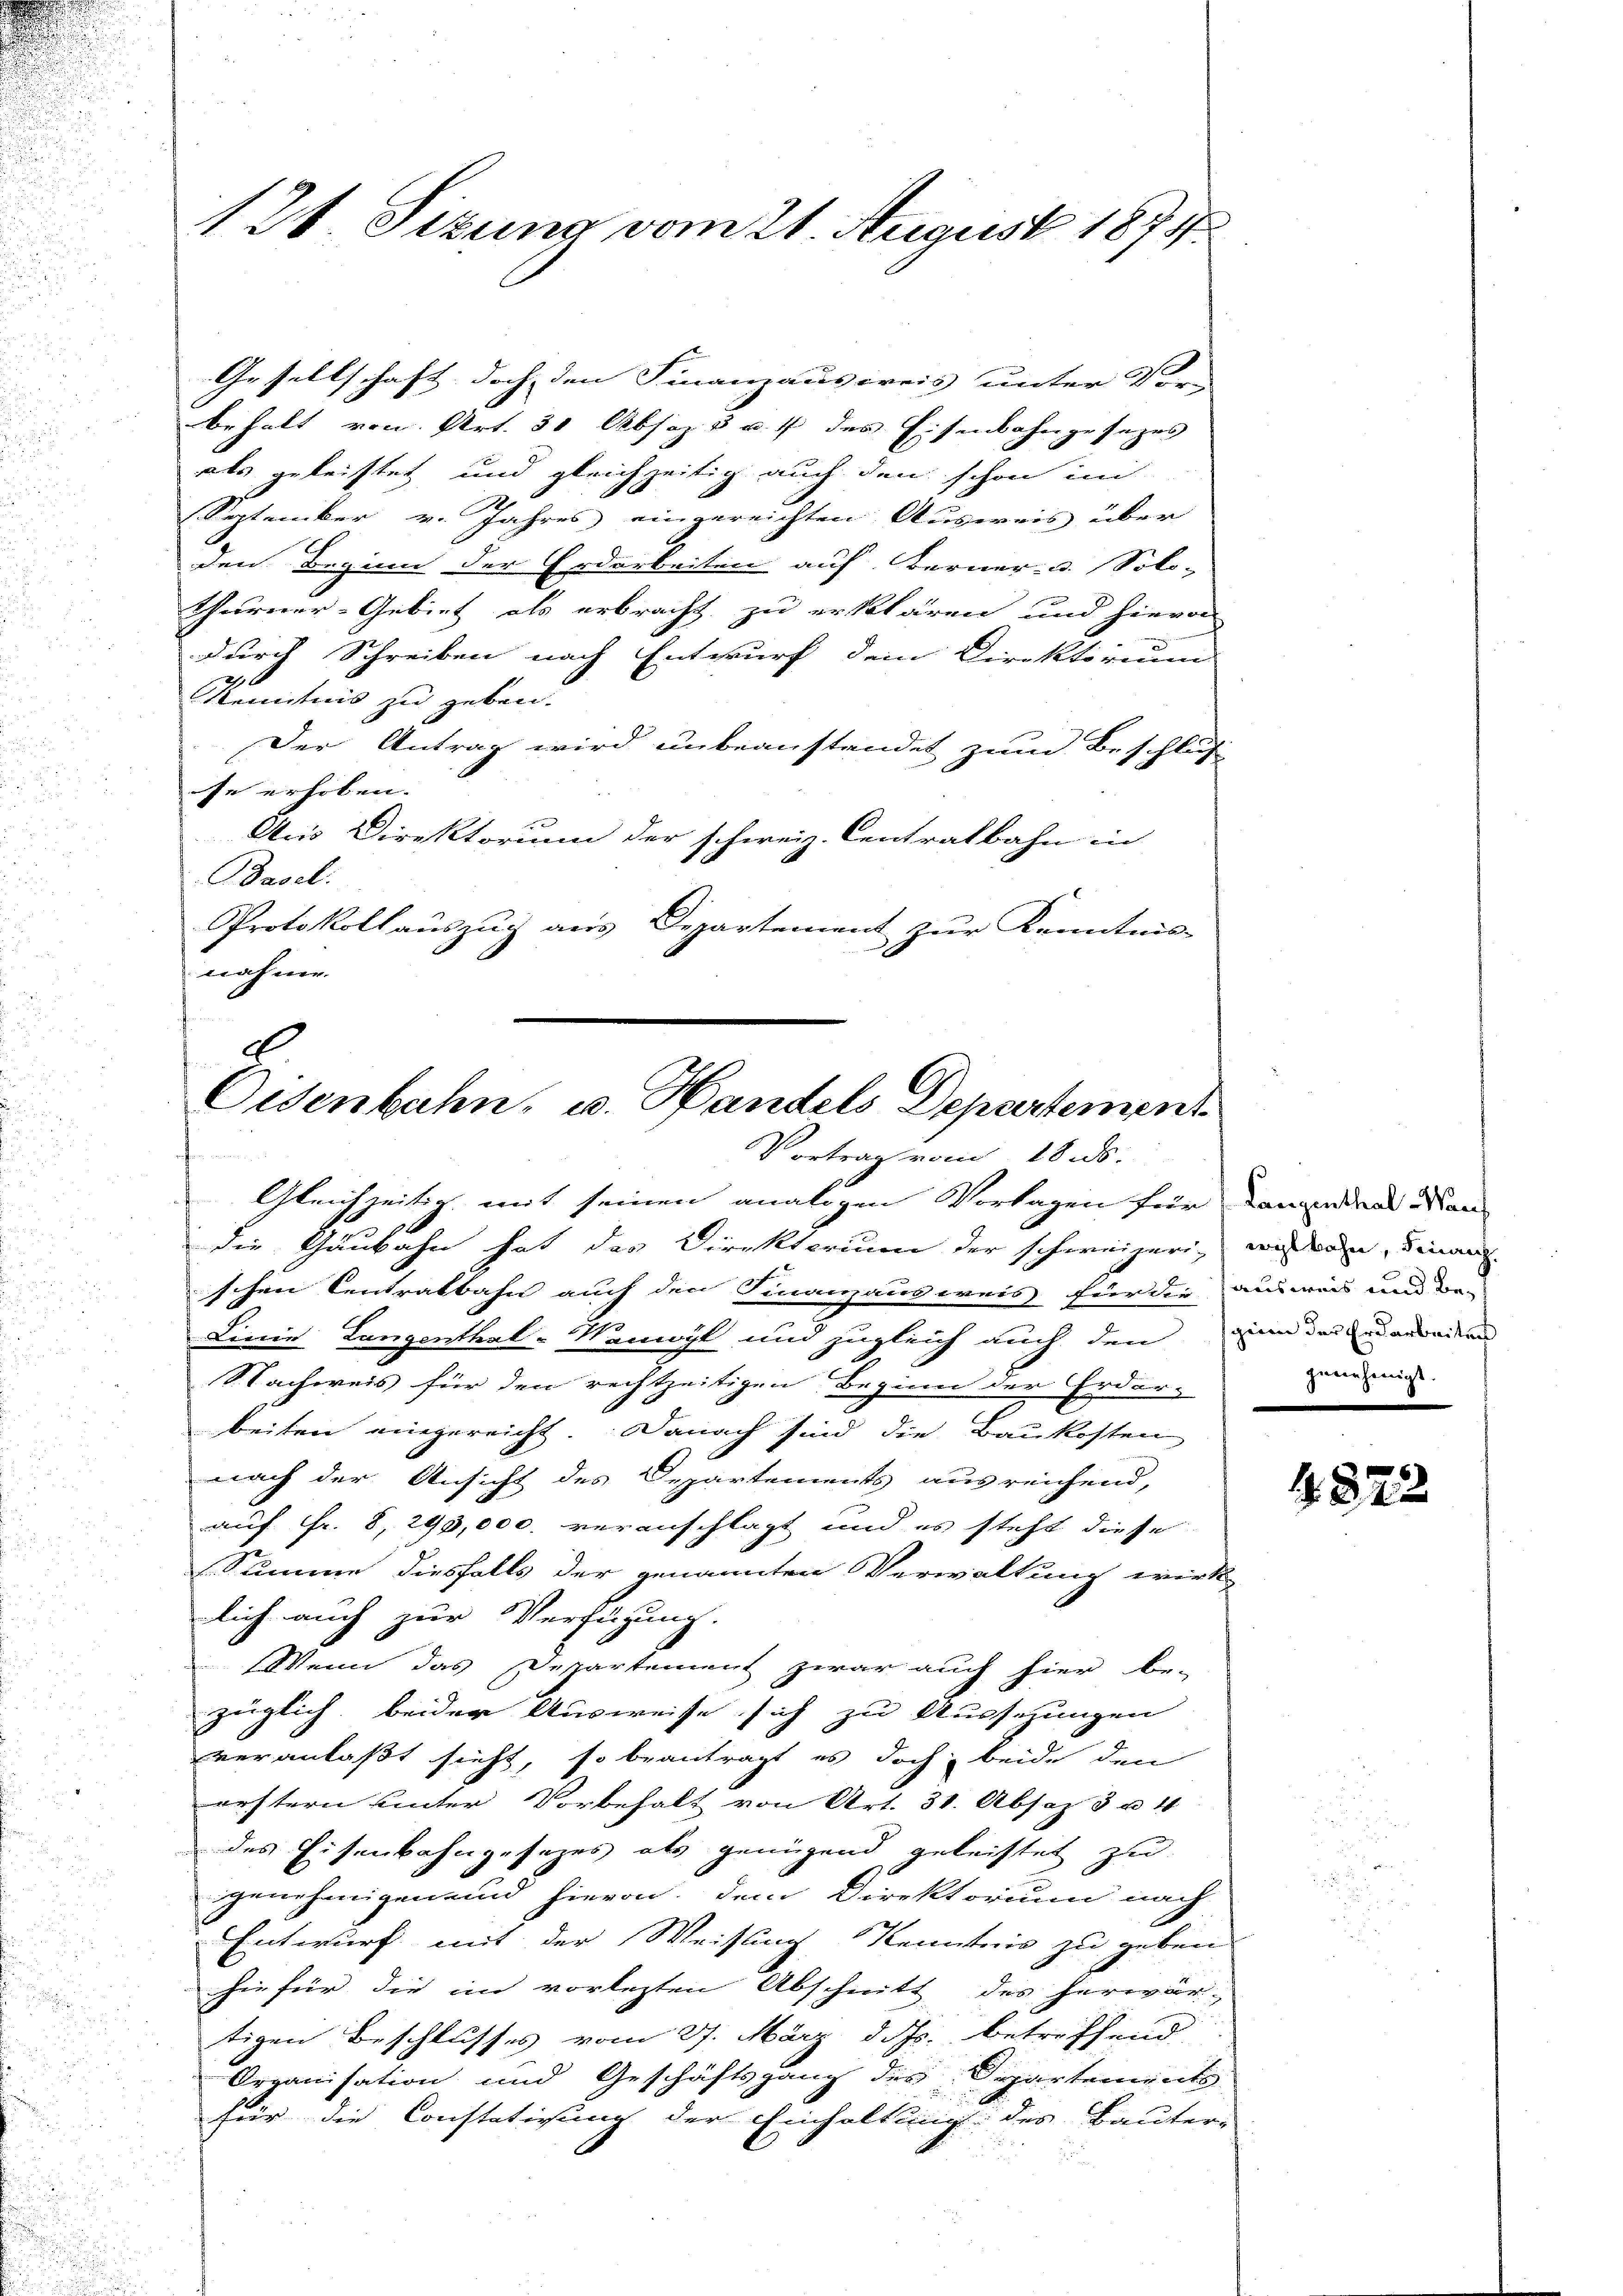
126. Sizung vom 21. August 1874

Gesellschaft doch den Finanzausweis unter Vor-
behalt von Art. 31 Absaz 3 u. 7 des Eisenbahngesezes
als geleistet und gleichzeitig auch den schon im
September v. Jahres eingereichten Ausweis über
den Beginn der Erdarbeiten auf Berner- u. Solo-
thurner-Gebiet als erbracht zu erklären und hievon
durch Schreiben nach Entwurf dem Direktorium
Kenntnis zu geben.
Der Antrag wird unbeanstendet zum Beschlus
se erhoben. |
Aus Direktorium der schweiz. Centratbahn in
Basel:
Protokollauszug aus Departement zur Kenntnis-
nahme.

8
Oisenbahn- u. Handels Departement
Vortrag vom 18 s.

Gleichzeitig mit seinen analogen Vorlagen für Tanzentral Mandie Gaubahn hat das Direktorium der schweizeri, wie an, einaus
schen Centralbahn auch den Finanzausweis für die ausweis und da
Linie Langenthal-Wanwyl und zugleich auch den in das Erdarbeiten
S Sachweis für den rechtzeitigen Beginn der Erdar-
beiten eingereicht. Danach sind die Baukosten
nach der Ansicht des Departements ausreichend,
auf Fr. 8, 299,000. veranschlägt und es steht diese
Summe diesfalls der genannten Verwaltung wirk-
lich auch zur Verfügung.
Wenn das Departement zwar auch hier be-
züglich beider Ausweise sich zu Aussehungen
veranlaßt sieht, so beantragt es doch beide den
erstern unter Vorbehalt von Art. 31. Absaz 3 u. 4
des Eisenbahngesezes als genügend geleistet zu
genehmigen und hievon, dem Direktorium nach
Entwurf mit der Weisung Kenntnis zu geben
sie für die im vorletzten Abschnitt des herwärtigen Beschlusses vom 27. März d. J. betreffend
Organisation und Geschäftsgang des Departements
für die Constatirung der Einhaltung des Bauter-

genehmigt.

. 822.